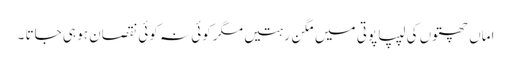
اماں چھتوں کی لیپا پوتی میں مگن رہتیں مگر کوئی نہ کوئی نقصان ہو ہی جاتا ۔